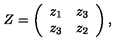
Z = \left( \begin{array} { c r c } { z _ { 1 } } & { z _ { 3 } } \\ { z _ { 3 } } & { z _ { 2 } } \\ \end{array} \right) ,